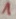
Text: 1